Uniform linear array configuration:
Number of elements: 24
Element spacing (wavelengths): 0.5
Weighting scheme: kaiser
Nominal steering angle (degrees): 0
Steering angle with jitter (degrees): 0.7179
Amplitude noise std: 0.05
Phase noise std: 0.05

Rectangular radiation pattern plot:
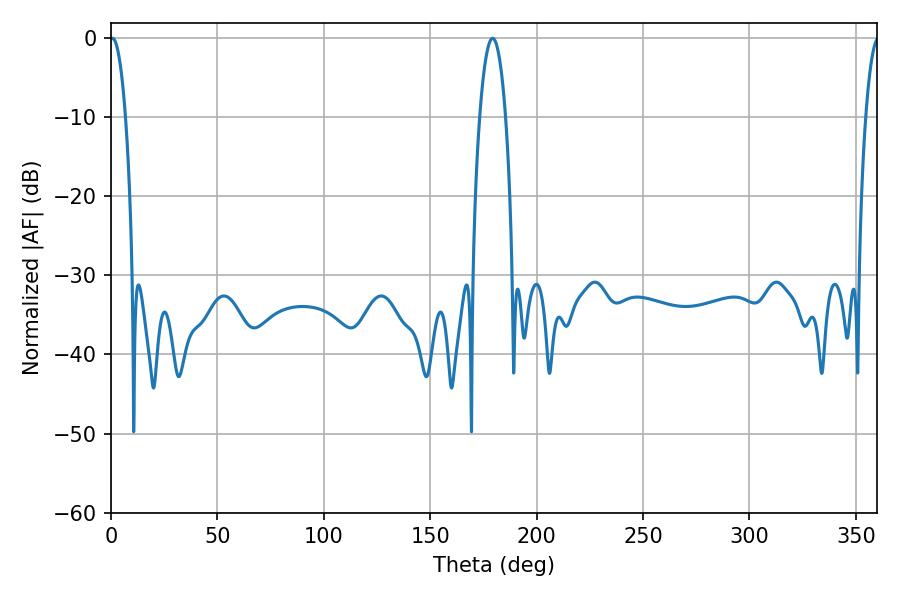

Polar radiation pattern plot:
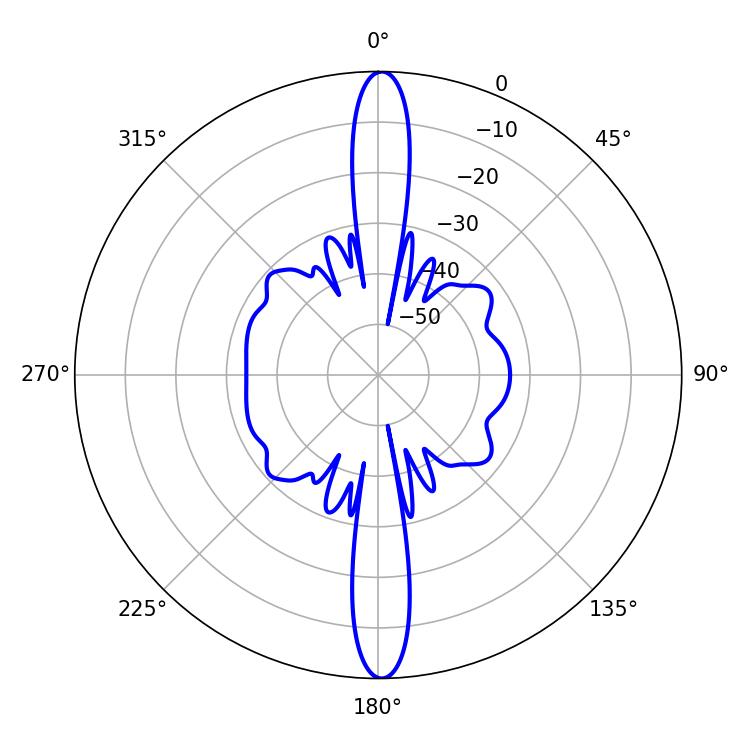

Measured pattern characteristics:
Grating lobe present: FALSE
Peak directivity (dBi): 28.642
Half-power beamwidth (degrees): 6.84
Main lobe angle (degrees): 179.28